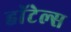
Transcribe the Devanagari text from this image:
हाॅटेल्स